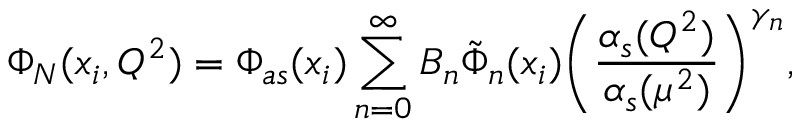
\Phi _ { N } ( x _ { i } , Q ^ { 2 } ) = \Phi _ { a s } ( x _ { i } ) \sum _ { n = 0 } ^ { \infty } B _ { n } \tilde { \Phi } _ { n } ( x _ { i } ) \biggl ( \frac { \alpha _ { s } ( Q ^ { 2 } ) } { \alpha _ { s } ( \mu ^ { 2 } ) } \biggr ) ^ { \gamma _ { n } } ,